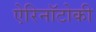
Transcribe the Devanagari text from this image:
ऐरिनॉटोकी